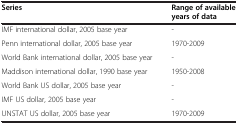
| Series | Range of available years of data |
 | --- | --- |
 | IMF international dollar, 2005 base year | - |
 | Penn international dollar, 2005 base year | 1970-2009 |
 | World Bank international dollar, 2005 base year | - |
 | Maddison international dollar, 1990 base year | 1950-2008 |
 | World Bank US dollar, 2005 base year | - |
 | IMF US dollar, 2005 base year | - |
 | UNSTAT US dollar, 2005 base year | 1970-2009 |